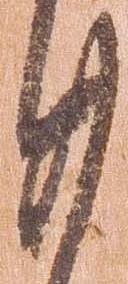
廿